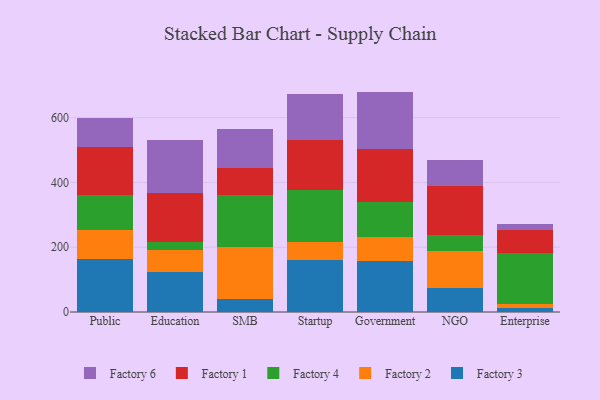
{"axis": {"x": "Segment", "y": "Market Share (%)"}, "legend": ["Factory 1", "Factory 2", "Factory 3", "Factory 4", "Factory 6"], "data": [{"x": "Public", "y": 164.7, "type": "Factory 3"}, {"x": "Public", "y": 87.6, "type": "Factory 2"}, {"x": "Public", "y": 109.4, "type": "Factory 4"}, {"x": "Public", "y": 148.0, "type": "Factory 1"}, {"x": "Public", "y": 90.5, "type": "Factory 6"}, {"x": "Education", "y": 123.7, "type": "Factory 3"}, {"x": "Education", "y": 67.6, "type": "Factory 2"}, {"x": "Education", "y": 23.8, "type": "Factory 4"}, {"x": "Education", "y": 152.6, "type": "Factory 1"}, {"x": "Education", "y": 163.0, "type": "Factory 6"}, {"x": "SMB", "y": 41.0, "type": "Factory 3"}, {"x": "SMB", "y": 158.9, "type": "Factory 2"}, {"x": "SMB", "y": 160.5, "type": "Factory 4"}, {"x": "SMB", "y": 85.7, "type": "Factory 1"}, {"x": "SMB", "y": 117.4, "type": "Factory 6"}, {"x": "Startup", "y": 159.7, "type": "Factory 3"}, {"x": "Startup", "y": 55.2, "type": "Factory 2"}, {"x": "Startup", "y": 162.7, "type": "Factory 4"}, {"x": "Startup", "y": 152.5, "type": "Factory 1"}, {"x": "Startup", "y": 141.4, "type": "Factory 6"}, {"x": "Government", "y": 158.2, "type": "Factory 3"}, {"x": "Government", "y": 73.5, "type": "Factory 2"}, {"x": "Government", "y": 106.6, "type": "Factory 4"}, {"x": "Government", "y": 163.4, "type": "Factory 1"}, {"x": "Government", "y": 178.7, "type": "Factory 6"}, {"x": "NGO", "y": 72.7, "type": "Factory 3"}, {"x": "NGO", "y": 116.7, "type": "Factory 2"}, {"x": "NGO", "y": 49.7, "type": "Factory 4"}, {"x": "NGO", "y": 150.2, "type": "Factory 1"}, {"x": "NGO", "y": 79.5, "type": "Factory 6"}, {"x": "Enterprise", "y": 11.9, "type": "Factory 3"}, {"x": "Enterprise", "y": 12.8, "type": "Factory 2"}, {"x": "Enterprise", "y": 158.7, "type": "Factory 4"}, {"x": "Enterprise", "y": 69.9, "type": "Factory 1"}, {"x": "Enterprise", "y": 17.7, "type": "Factory 6"}]}